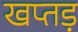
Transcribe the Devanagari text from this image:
खप्तड़